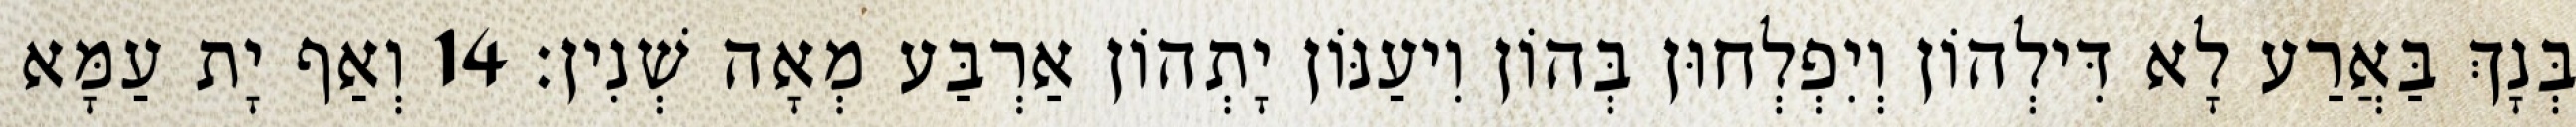
בְּנָךְ בַּאֲרַע לָא דִּילְהוֹן וְיִפְלְחוּן בְּהוֹן וִיעַנּוֹן יָתְהוֹן אַרְבַּע מְאָה שְׁנִין׃ 14 וְאַף יָת עַמָּא